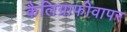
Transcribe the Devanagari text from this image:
कैलिग्राफीवापर